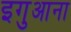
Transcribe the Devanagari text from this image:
इगुआना